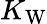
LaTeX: K_{\mathrm{W}}